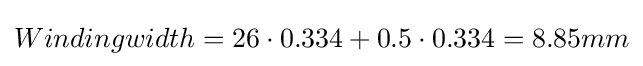
Windingwidth=26\cdot 0.334+0.5\cdot 0.334=8.85mm